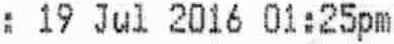
: 19 JUL 2016 01:25PM